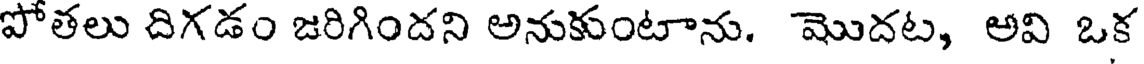
పోతలు దిగడం జరిగిందని అనుకుంటాను. మొదట, అవి ఒక